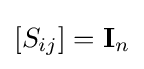
[S_{ij}]=\mathbf {I} _{n}